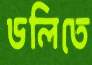
ডলিতে